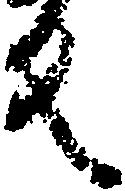
反